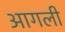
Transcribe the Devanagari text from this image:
आगली